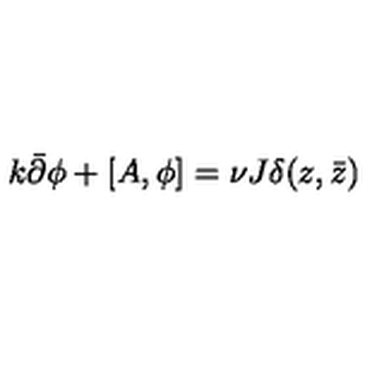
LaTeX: k \bar { \partial } \phi + [ A , \phi ] = \nu J \delta ( z , \bar { z } )